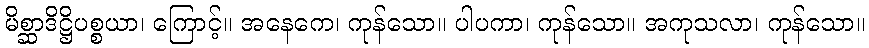
မိစ္ဆာဒိဋ္ဌိပစ္စယာ၊ ကြောင့်။ အနေကေ၊ ကုန်သော။ ပါပကာ၊ ကုန်သော။ အကုသလာ၊ ကုန်သော။